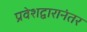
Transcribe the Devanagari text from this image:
प्रवेशद्वारानंतर